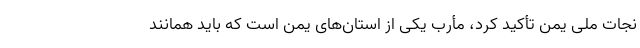
نجات ملی یمن تأکید کرد، مأرب یکی از استان‌های یمن است که باید همانند